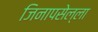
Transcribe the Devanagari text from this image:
जिनापसेल्ला